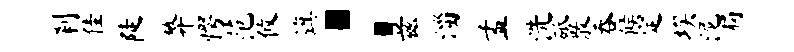
刹佳陡弊愕范攸旗：兹淄孟洗砥散吞候定埃泥扃